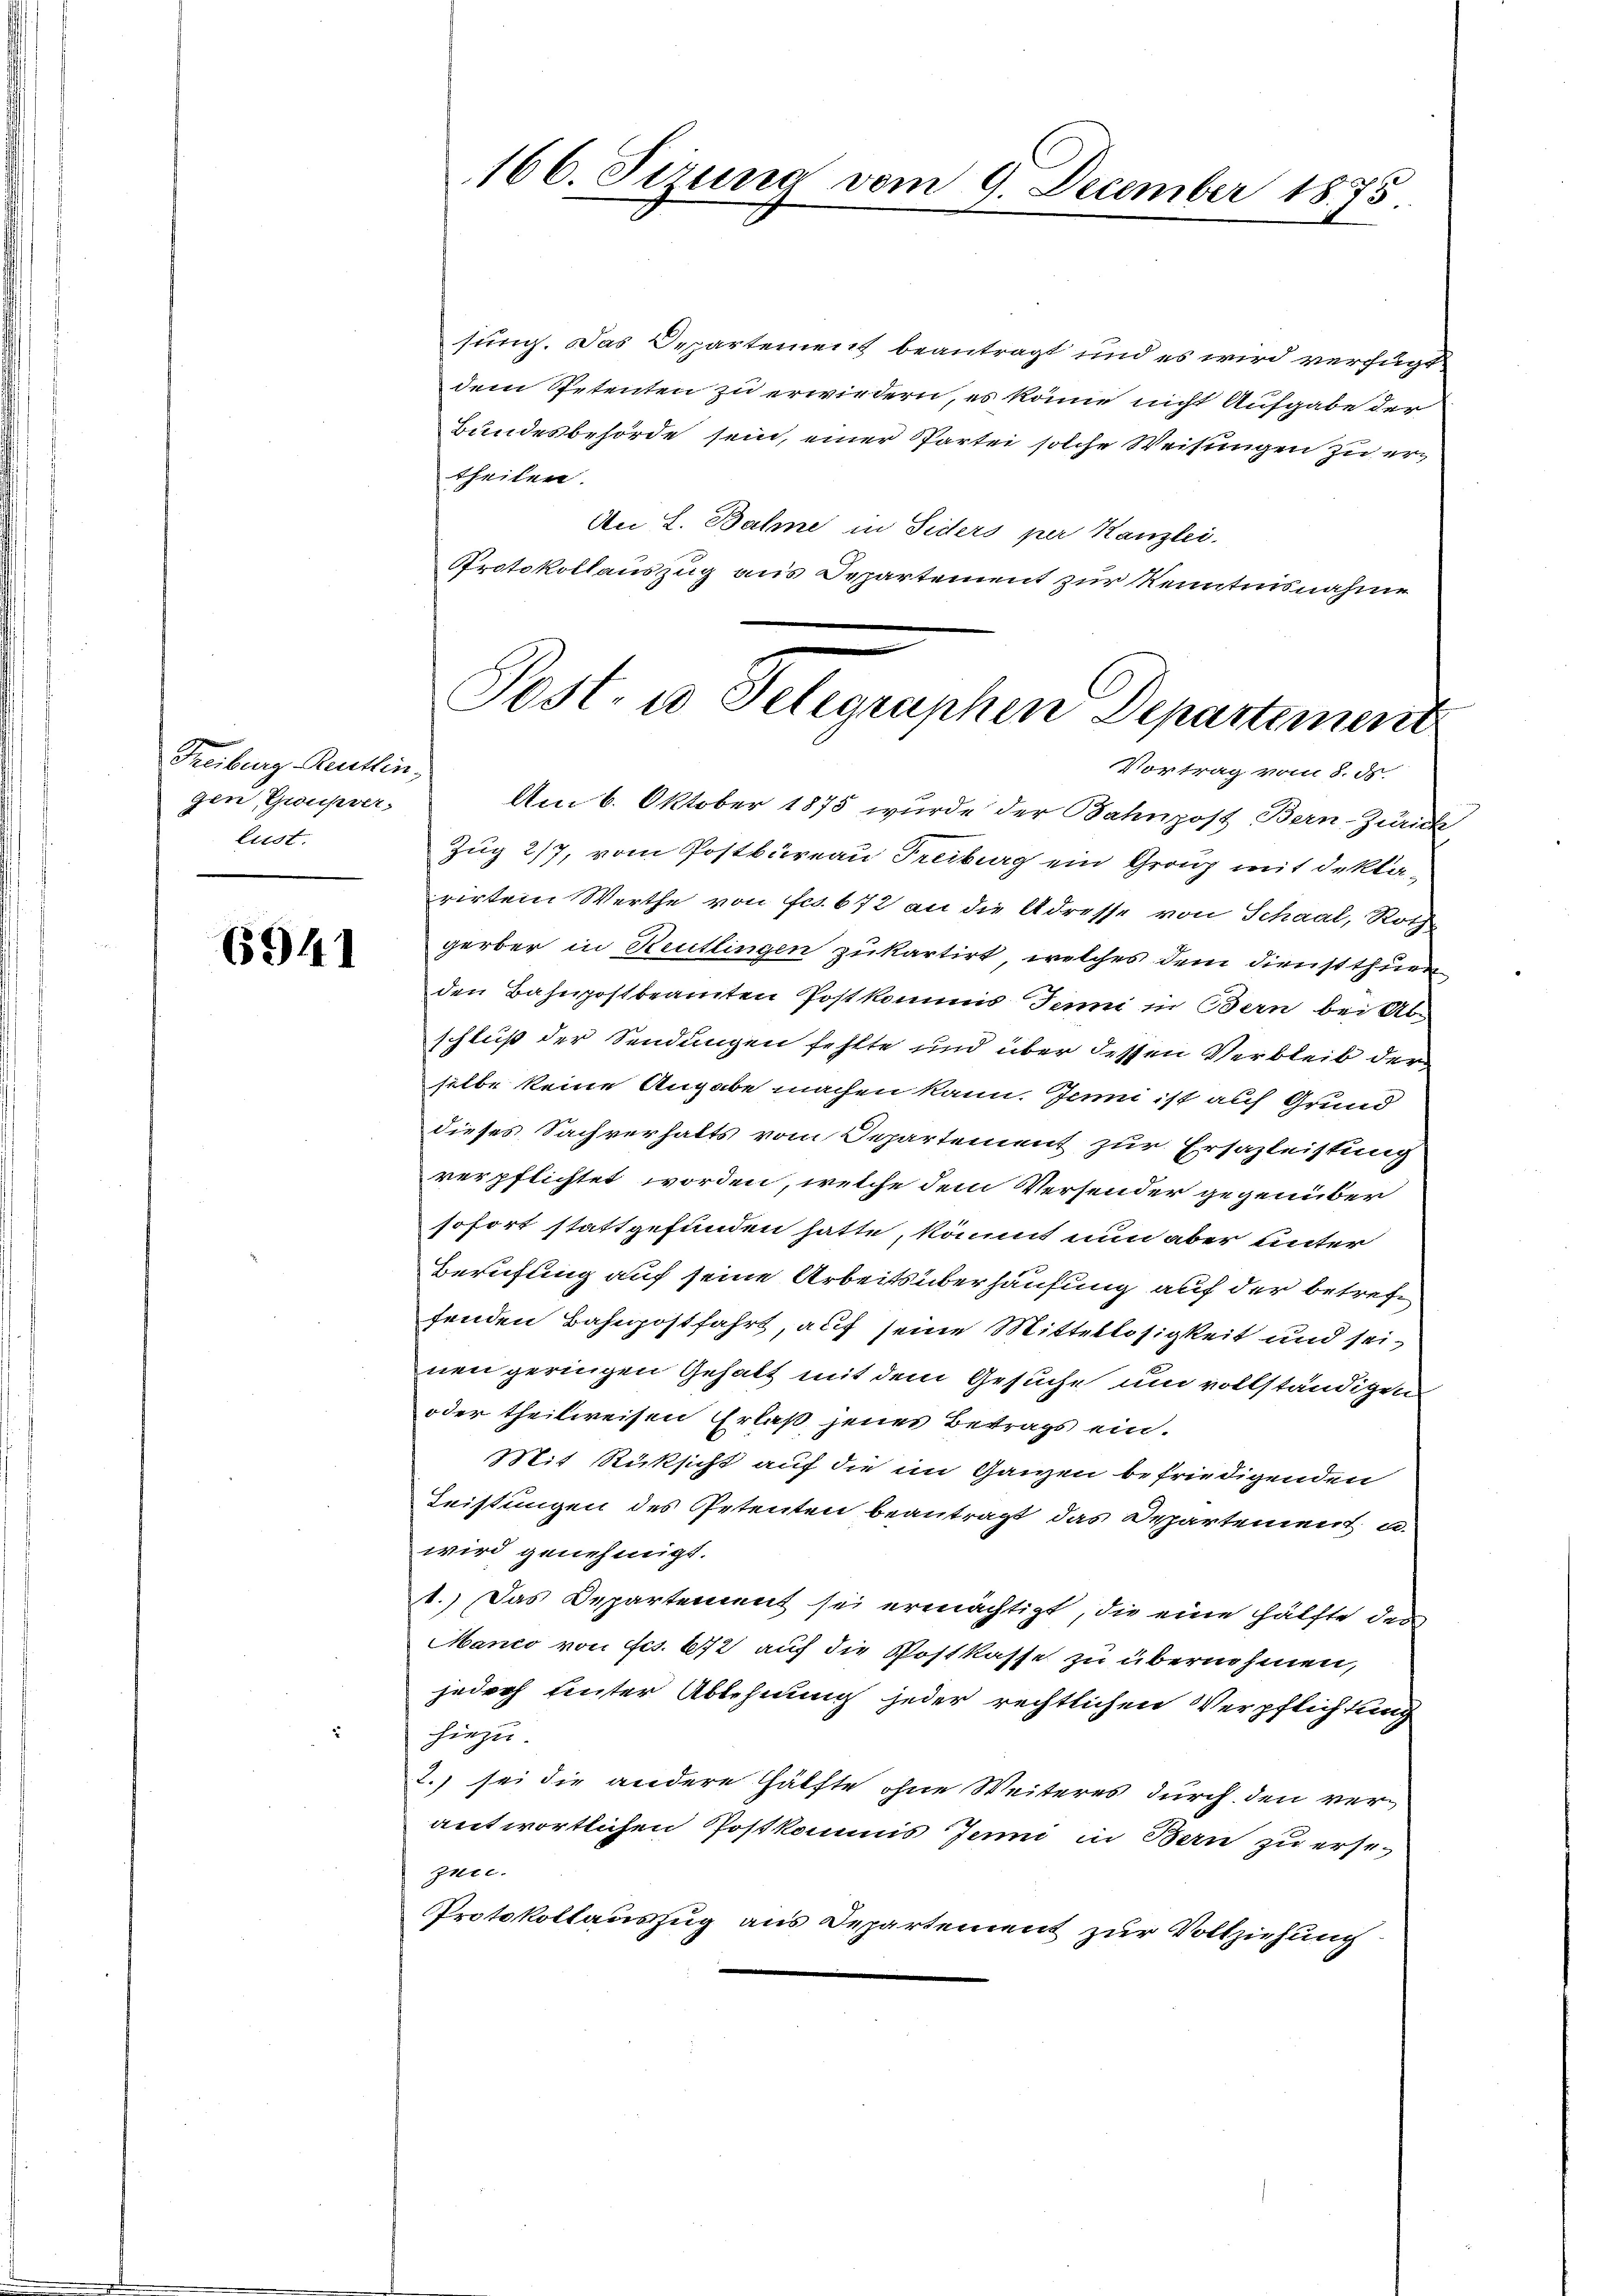
Freiburg, Reutlingen, Groupver-
lust.

6941

166. Ferne vom 9. December 1875

sung. Das Departement beantragt und es wird verfügt
dem Petenten zu erwiedern, es könne nicht Aufgabe der
Bundesbehörde sein, einer Partei solche Weisungen zu ertheilen.
An L. Bahne in Siders per Kanzlei.
Protokollauszug aus Departement zur Kenntnisnahme

Post- u Gelegraphen Departement
Vortrag vom 8. ds.

Am 6. Oktober 1875 wurde der Bahnpost Bern-Zürich
Zug 217, vom Postbureau Freiburg ein Grenz mit deklarirten Werthe von Fr. 672 an die Adresse von Schaal, Rothgerber in Reutlingen zukartirt, welches dem Dienst thuen
den Bahnpostbeamten Postkommis Jenni in Bern bei Abschluß der Sendungen fehlte und über dessen Verbleib der
silbe keine Angabe machen kann. Jenni ist auf Grund
dieses Sachverhalts vom Departement zur Ersazleistung
verpflichtet worden, welche dem Versender gegenüber
sofort stattgefunden hatte, kömmt nun aber unter
Berufung auf seine Arbeits überhausung auf der betreffenden Bahnpostfahrt, auf seine Mittellosigkeit und seinen geringen Gehalt mit dem Gesuche um vollständigen
oder theilweisen Erlaß jenes Betrags ein.
Mit Rücksicht auf die im Ganzen befriedigenden
Leistungen des Petenten beantragt das Departement u.
wird genehmigt.
1.) Das Departement sei ermächtigt, die eine hälfte des
Manco von Frs. 672 auf die Postkasse zu übernehmen,
jedoch einter Ablehnung jeder rechtlichen Verpflichtung
hiezu.
2.) sei die andere Hälfte ohne Weiteres durch den verantwortlichen Postkommis Jenni in Bern zu ersezen.
Protokollauszug aus Departement zur Vollziehung